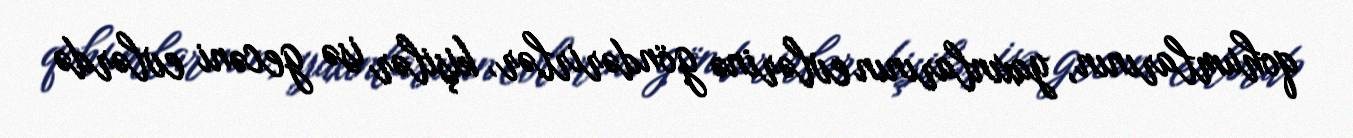
qohumlarının, yaxınlarının evlərinə göndərirlər, kişilər isə gecəni evlərdə